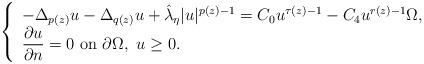
LaTeX: \begin{align*}\left\{\begin{array}{lll}-\Delta_{p(z)} u-\Delta_{q(z)} u+\hat{\lambda}_\eta |u|^{p(z)-1}= C_0 u^{\tau(z)-1}- C_4u^{r(z)-1} \Omega,\\\displaystyle\frac{\partial u}{\partial n}=0 \mbox{ on }\partial\Omega,\ u\geq0.\end{array}\right.\end{align*}